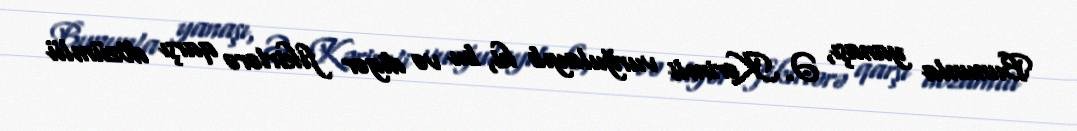
Bununla yanaşı, Ə. Kərimli vurğulayıb ki, bu və digər fikirlərə qarşı dözümlü